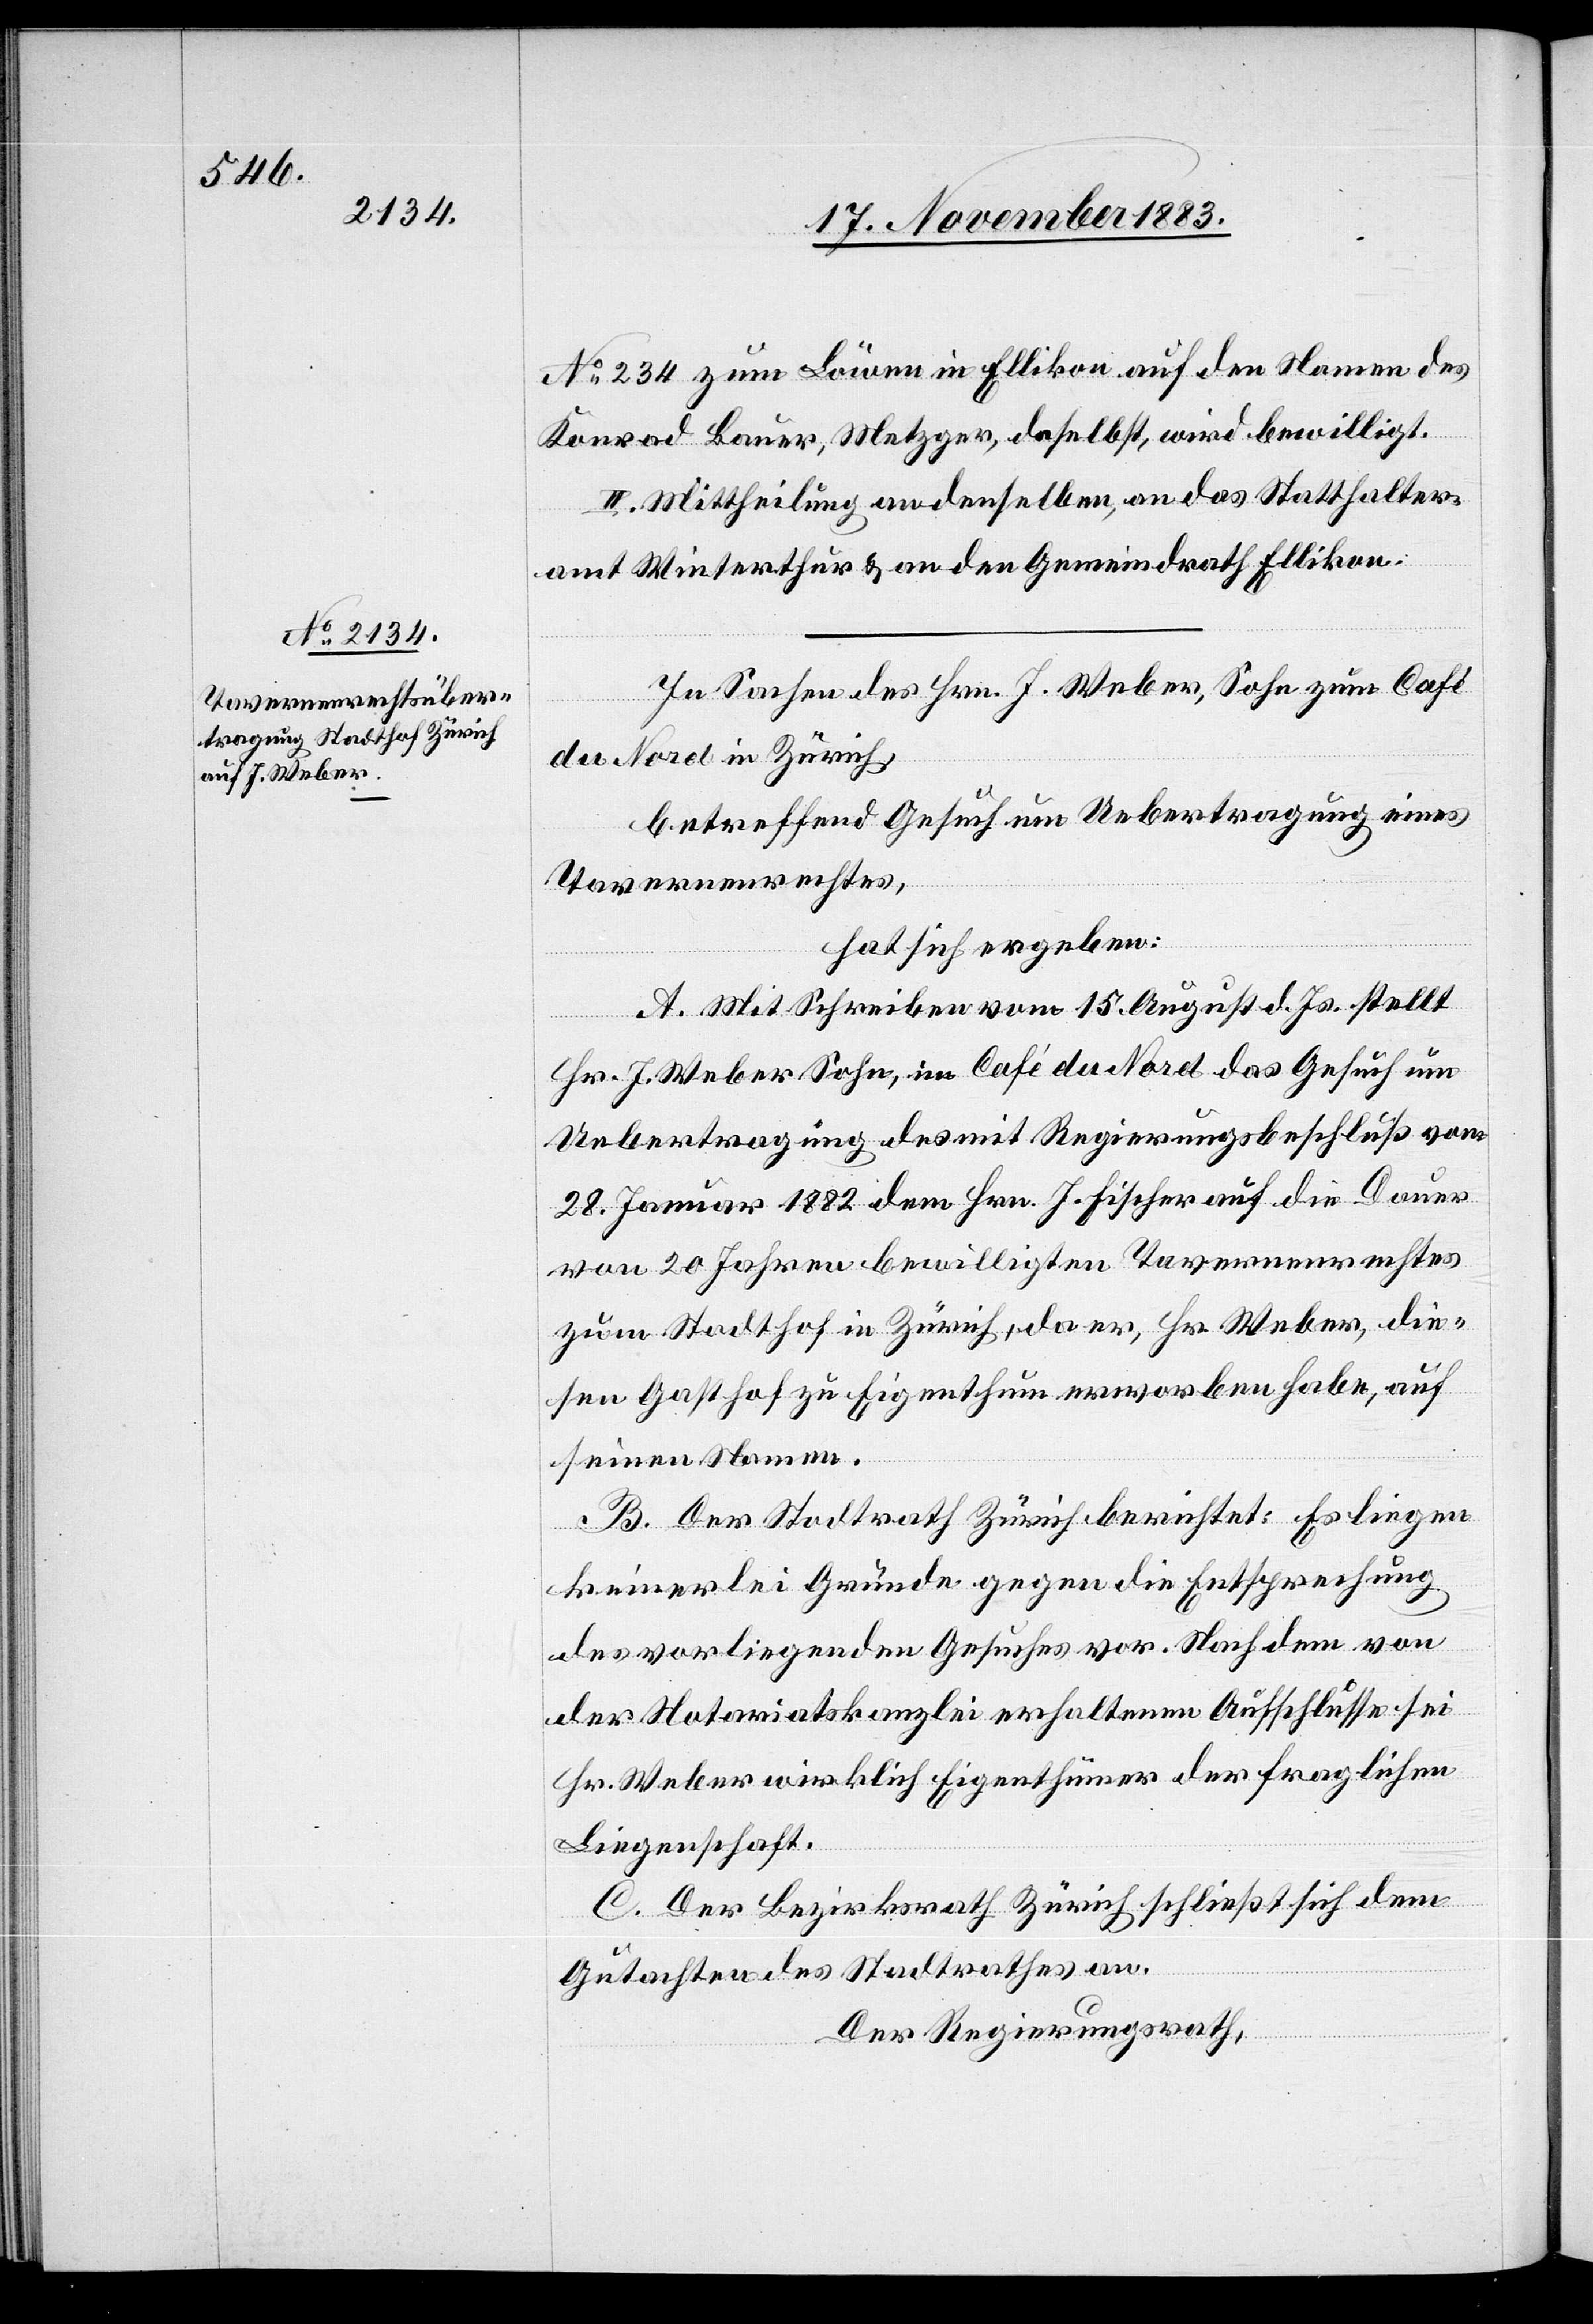
No 234 zum Löwen in Ellikon auf den Namen des
Konrad Bauer, Metzger, daselbst, wird bewilligt.
II. Mittheilung an denselben, an das Statthalter¬
amt Winterthur & an den Gemeindrath Ellikon.
In Sachen des Hrn. J. Weber, Sohn zum Café
du Nord in Zürich,
betreffend Gesuch um Uebertragung eines
Tavernenrechtes,
hat sich ergeben:
A. Mit Schreiben vom 15. August d. Js. stellt
Hr. J. Weber Sohn, im Café du Nord das Gesuch um
Uebertragung des mit Regierungsbeschluß vom
28. Januar 1882 dem Hrn. J. Fischer auf die Dauer
von 20 Jahren bewilligten Tavernenrechtes
zum Stadthof in Zürich, da er, Hr. Weber, die¬
sen Gasthof zu Eigenthum erworben habe, auf
seinen Namen.
B. Der Stadtrath Zürich berichtet: Es liegen
keinerlei Gründe gegen die Entsprechung
der vorliegenden Gesuches vor. Nachdem von
der Notariatskanzlei erhaltenen Aufschlusse sei
Hr. Weber wirklich Eigenthümer der fraglichen
Liegenschaft.
C. Der Bezirksrath Zürich schließt sich dem
Gutachten des Stadtrathes an.
Der Regierungsrath,